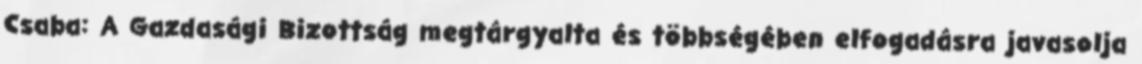
Csaba: A Gazdasági Bizottság megtárgyalta és többségében elfogadásra javasolja